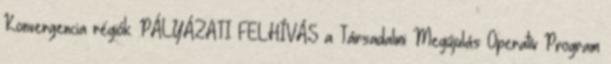
Konvergencia régiók. PÁLYÁZATI FELHÍVÁS a Társadalmi Megújulás Operatív Program